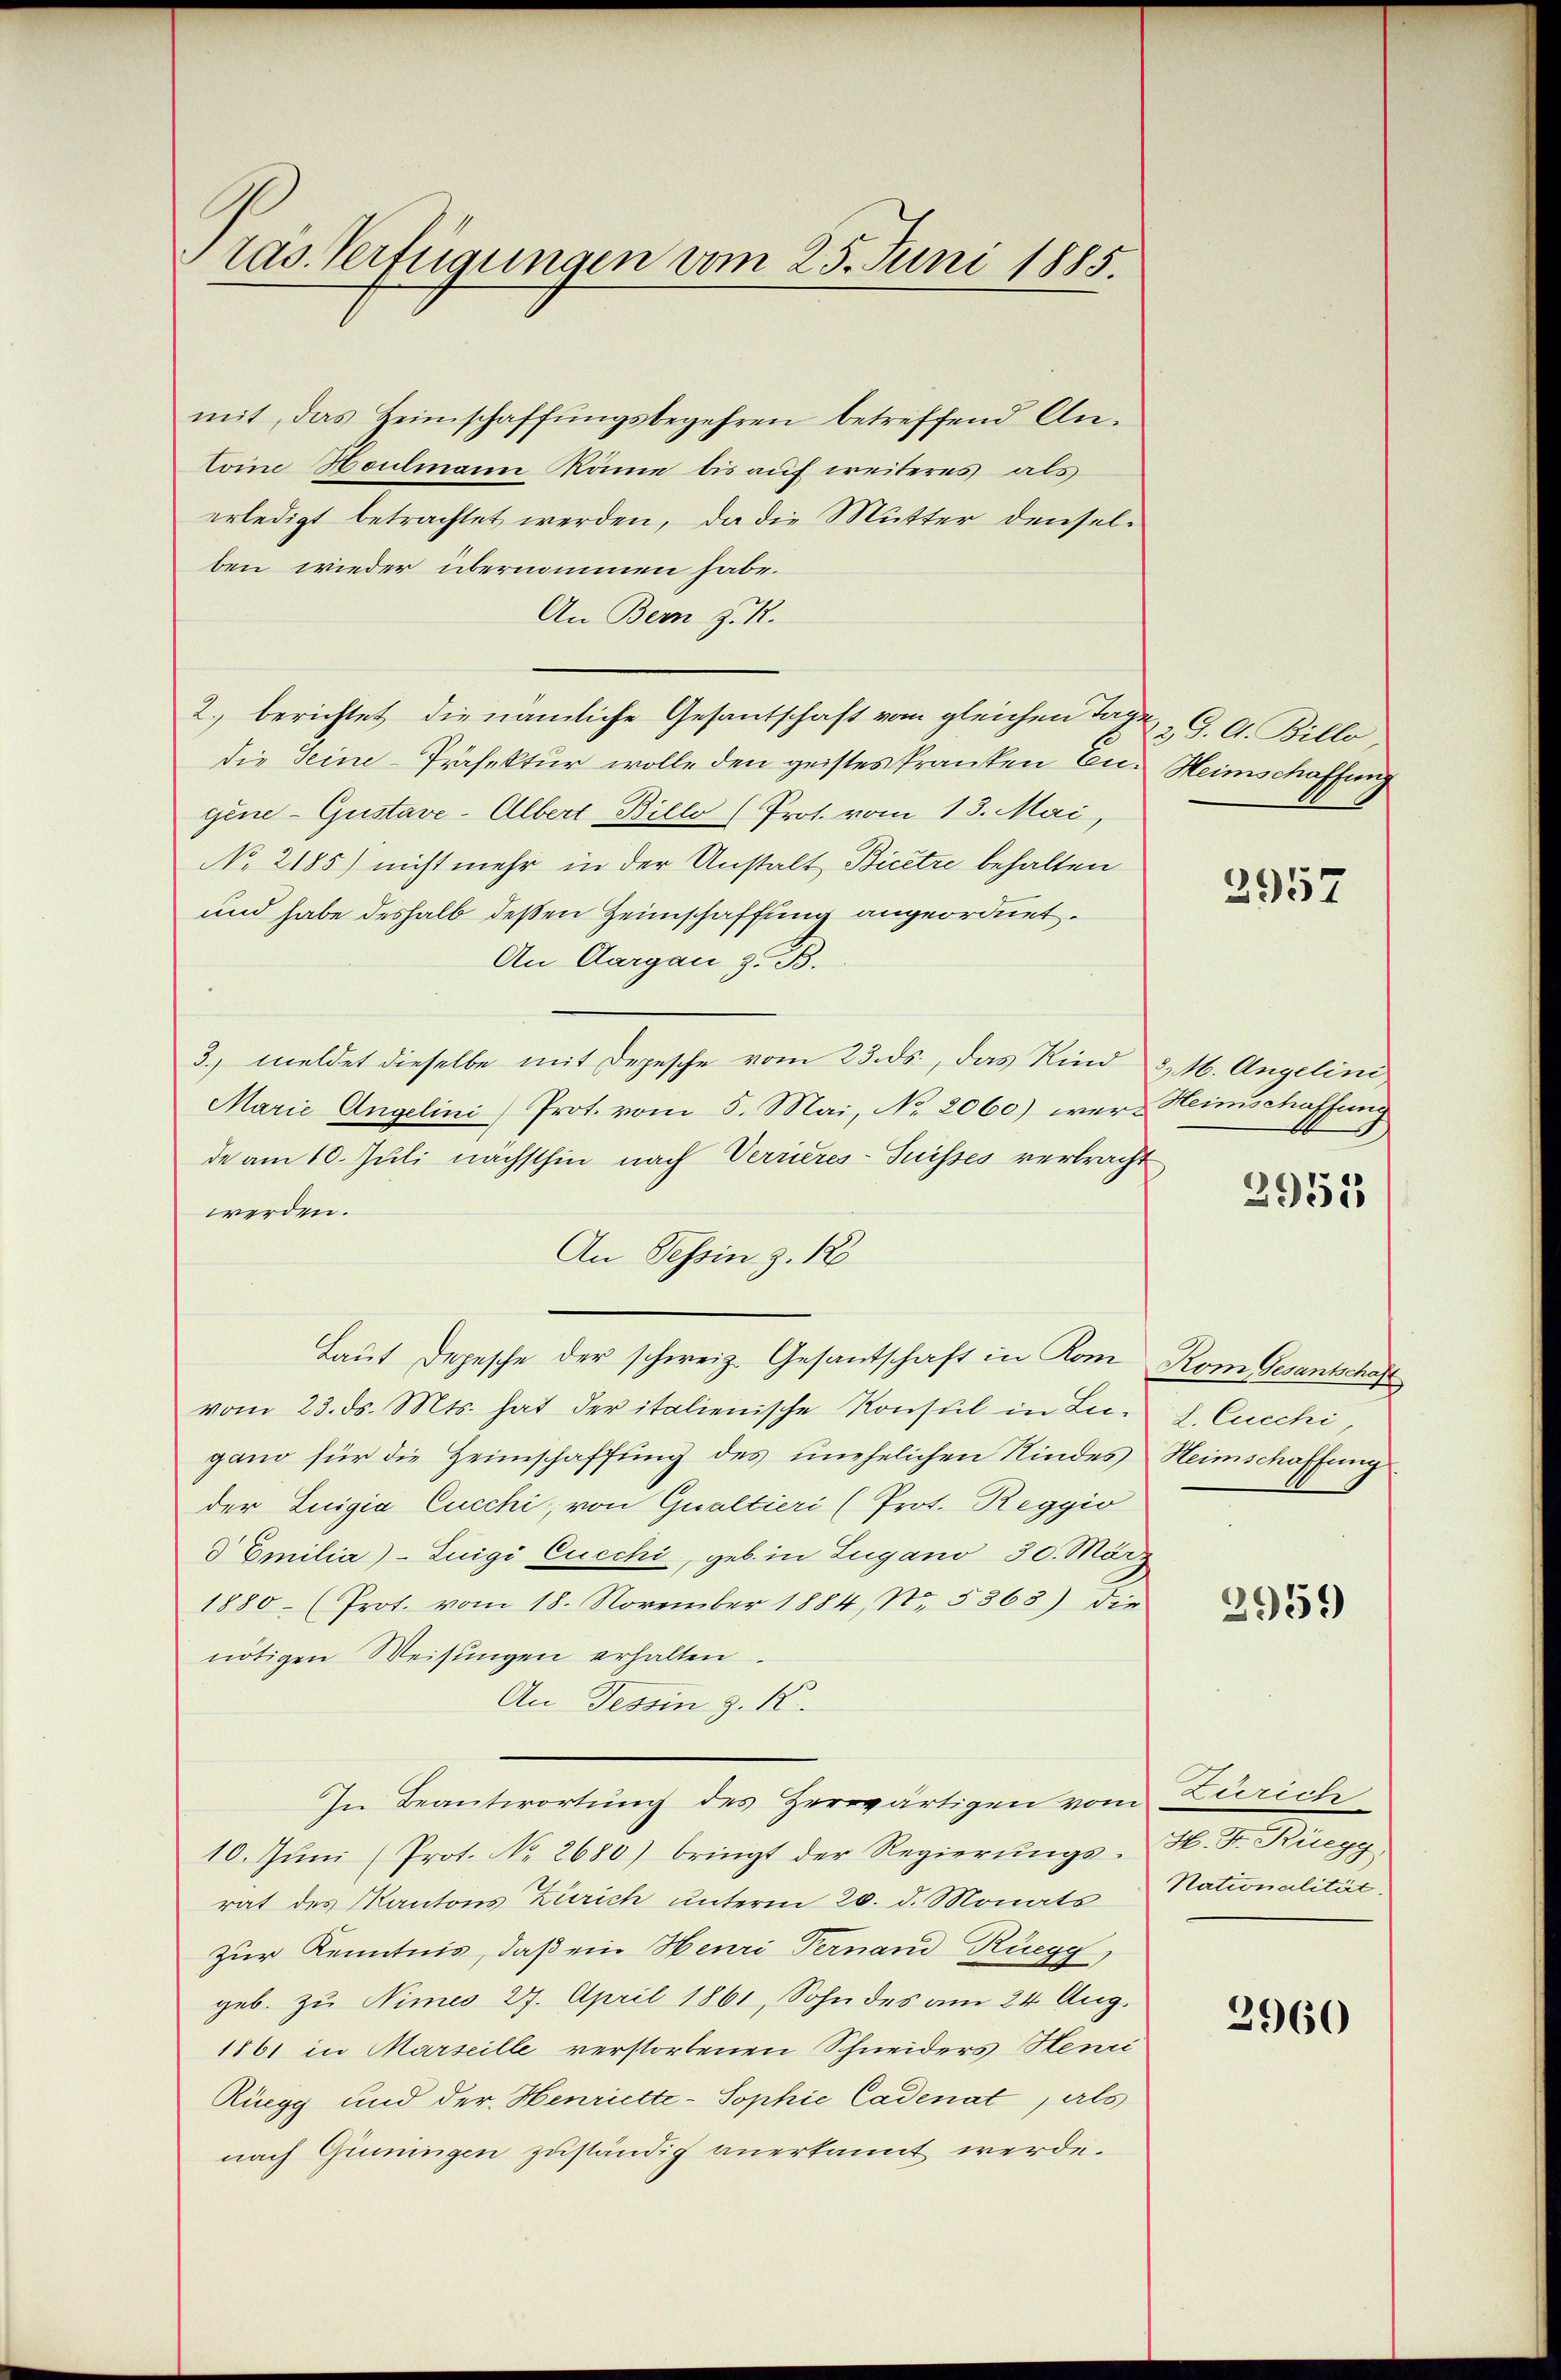
ras. Verfügungen vom 25. Juni 1885.

mit, das Heimschaffŭngsbegehren betreffend An-
toine Houlmann Räme bis auf weiteres als
erledigt betrachtet werden, da die Mutter denselben wieder übernommen habe.
An Bern z. R.
2.) berichtet, die nämliche Gesantschaft vom gleichen Tagen G. A. Billo,
die Seine-Präfektur wolle den geistes Pranten Cu: Heimschaffung
gene Gustave-Albert Billo (Prot. vom 13. Mai,
No 2185) nicht mehr in der Anstalt Bicetze behalten
und habe deshalb deßen Heimschaffung angeordnet.
An Aargau z. B.
3. meldet dieselbe mit Depesche vom 23. ds., das Kind 3. M. Angelini
Marie Angelini Prot. vom 5. Mai, No. 2060) werd Heimschaffung
de am 10. Juli nächsthin nach Verrieres-Suisses verbracht
werden.
An Tessin z. 12
Laut Depesche der schweiz. Gesantschaft in Kom Rom Gesantschaft
vom 23. ds. Mts. hat der italienische Konsul in Lu-. Cucchi,
gano für die Heimschaffŭng des unehelichen Kindes Heimschaffung
der Luigia Cucchi, von Qualtieri (Prot. Reggio
d Emilia)- Luigi Cucchi, geb. in Lugano 30. März
1880 (Prot. vom 18. November 1884, No. 5863) die
nötigen Weisŭngen erhalten.
An Tessin z. K.
In Beantwortŭng des Herwärtigen vom Zürich
10. Jŭni (Prot. No. 2680) bringt der Regierŭngs-H. Fr. Rüegg,
rat des Kantons Zürich unterm 20. d. Monats Nationalität,
zur Kenntnis, daß ein Henri Vernand Rüegg,
geb. zu Nimes 27. April 1861, Sohn des am 24. Aug.
1861 in Marseille verstorbenen Schneiders Henri
Rüegg und der Henriette-Sophie Cadenat, als
nach Gummingen zuständig anerkannt werde.

2957

2951

2959

2960